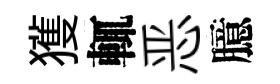
獲輒恶臆